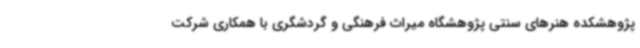
پژوهشکده هنرهای سنتی پژوهشگاه میراث فرهنگی و گردشگری با همکاری شرکت